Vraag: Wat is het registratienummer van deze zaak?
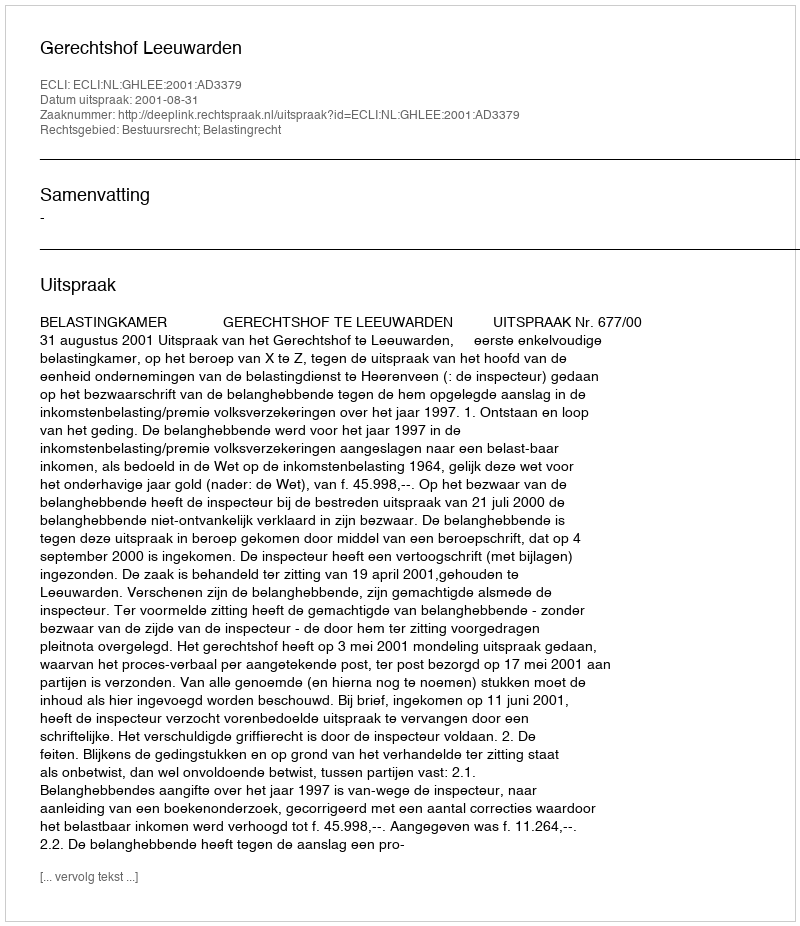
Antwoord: http://deeplink.rechtspraak.nl/uitspraak?id=ECLI:NL:GHLEE:2001:AD3379